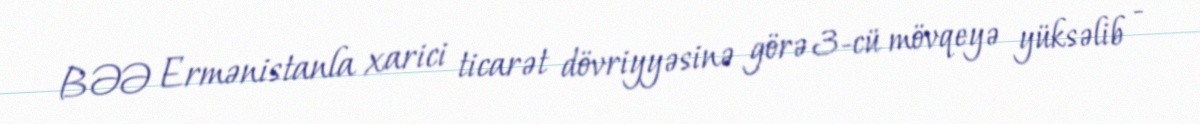
BƏƏ Ermənistanla xarici ticarət dövriyyəsinə görə 3-cü mövqeyə yüksəlib -